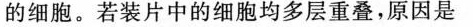
的细胞。若装片中的细胞均多层重叠，原因是